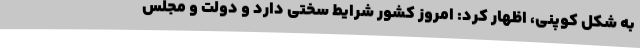
به شکل کوپنی، اظهار کرد: امروز کشور شرایط سختی دارد و دولت و مجلس